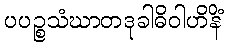
ပပဉ္စသံဃာတဒုခါဓိဝါဟိနိံ